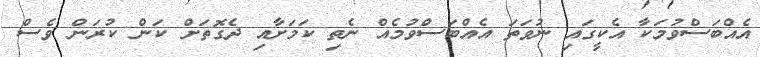
އެއްބަސްވުމަކާ އެކީގައި ނުވަތަ އެއްބަސްވުމެއް ނެތި ކަމަށާއި ދެގޮތަށް ކަން ކުރަން ވެސް